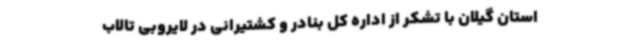
استان گیلان با تشکر از اداره کل بنادر و کشتیرانی در لایروبی تالاب